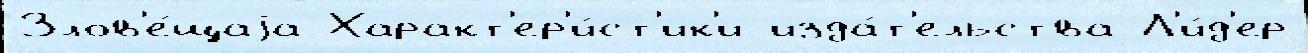
Злов'е́щаjа Характ'ер'и́ст'ик'и изда́т'ельства Л'и́д'ер